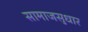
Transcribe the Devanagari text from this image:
सामाजसुधार